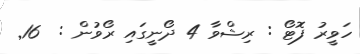
ހަވީރު ފޮޓޯ : ރިޝްވާ 4 ދޯނީގައި ރޯވުން :  16